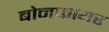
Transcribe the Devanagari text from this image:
बोनफायर